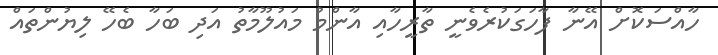
ހާއްސަކޮށް އޭނާ ފާހަގަކުރެވެނީ ތާރީހާއި އާންމު މައުލޫމާތު އަދި ބަހާ ބެހޭ ލިޔުންތައް